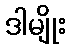
ဒါမျိုး